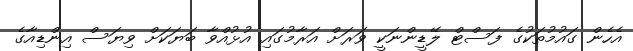
އެހެން ގައުމުތަކުގެ ފަސްޓް ލޭޑީންނަކީ ވަރަށް އަރާމުގައި އުޅުއްވާ ބަޔަކަށް ވިޔަސް އިންޑިއާގެ